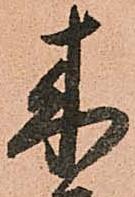
来